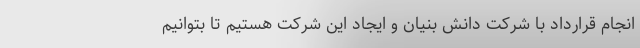
انجام قرارداد با شرکت دانش بنیان و ایجاد این شرکت هستیم تا بتوانیم